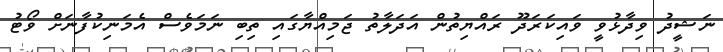
ނަޝީދު ވިދާޅުވީ ވައިކަރަދޫ ރައްޔިތުން އަދަލާތު ޖަމިއްޔާގައި ތިބި ނަމަވެސް އެމަނިކުފާނަށް ވޯޓު